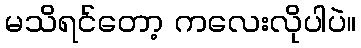
မသိရင်တော့ ကလေးလိုပါပဲ။